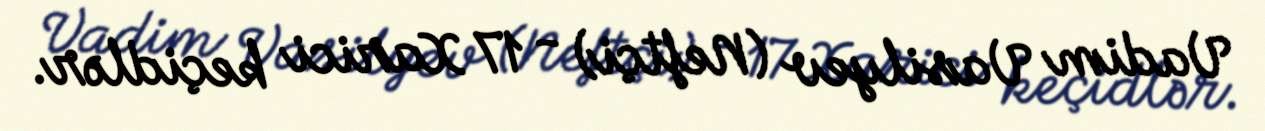
Vadim Vasilyev (Neftçi) - 17 Xarici keçidlər.